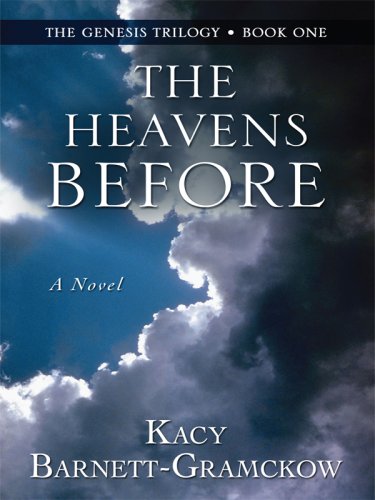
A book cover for The Heavens Before (The Genesis Trilogy, Book One); Kacy Barnett-Gramckow; Christian Books & Bibles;